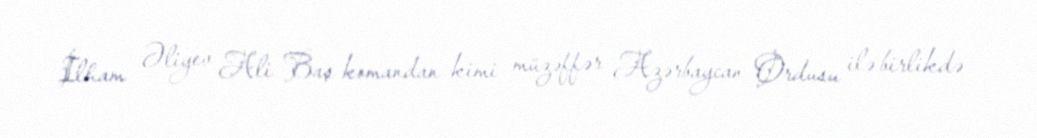
İlham Əliyev Ali Baş komandan kimi müzəffər Azərbaycan Ordusu ilə birlikdə